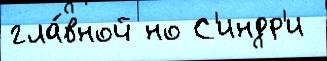
гла́вной но С'индр'и